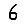
Digit: 6